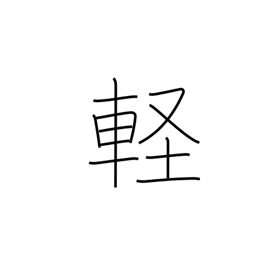
Meaning: trifling